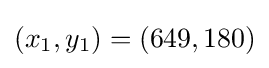
(x_{1},y_{1})=(649,180)